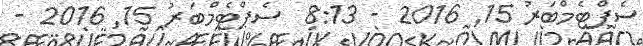
ސެޕްޓެމްބަރު 15